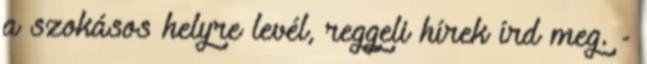
a szokásos helyre levél, reggeli hírek írd meg. -